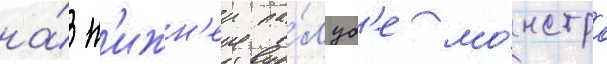
на́ н'ижн'еи па́луб'е мо́нстра